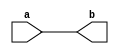
module atmega32a (
	input a,
	output b
);

assign b = a;

endmodule